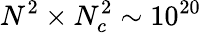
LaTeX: N^{2}\times N_{c}^{2}\sim 10^{20}